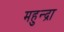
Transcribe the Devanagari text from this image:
महुन्द्रा